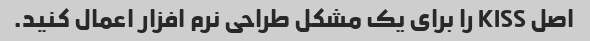
اصل KISS را برای یک مشکل طراحی نرم افزار اعمال کنید.